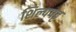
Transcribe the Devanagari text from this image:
शिल्पपट्ट